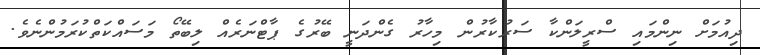
ދިއުމަށް ނިންމައި ސްރީލަންކާ ސަރުކާރުން މިހާރު ގެންދަނީ ބޭރުގެ ޕާޓްނަރެއް ލިބޭތޯ މަސައްކަތްކުރަމުންނެވެ.